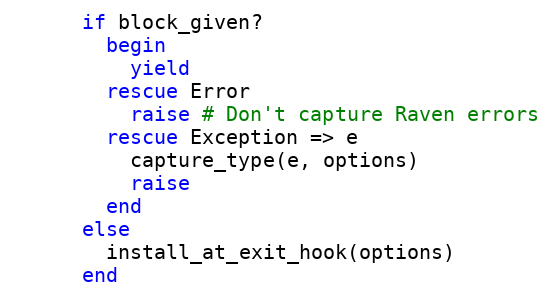
Language: Ruby
      if block_given?
        begin
          yield
        rescue Error
          raise # Don't capture Raven errors
        rescue Exception => e
          capture_type(e, options)
          raise
        end
      else
        install_at_exit_hook(options)
      end